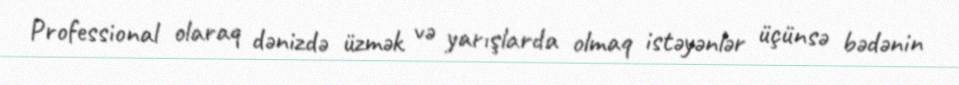
Professional olaraq dənizdə üzmək və yarışlarda olmaq istəyənlər üçünsə bədənin